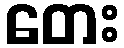
တေး